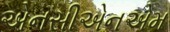
એનસીએનએમ